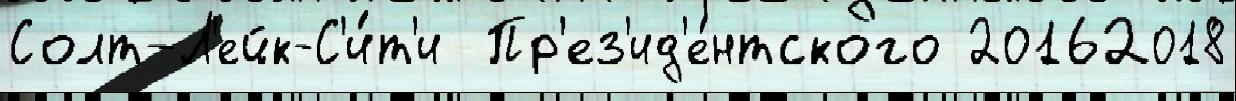
Солт-Л'ейк-С'и́т'и  Пр'ез'ид'е́нтского 20162018